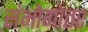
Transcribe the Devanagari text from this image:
संभोगोत्तर